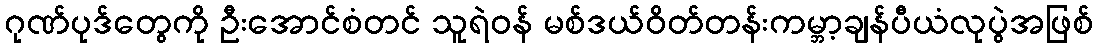
ဂုဏ်ပုဒ်တွေကို ဦးအောင်စံတင် သူရဲဝန် မစ်ဒယ်ဝိတ်တန်းကမ္ဘာ့ချန်ပီယံလုပွဲအဖြစ်